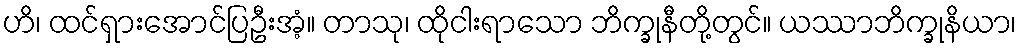
ဟိ၊ ထင်ရှားအောင်ပြဦးအံ့။ တာသု၊ ထိုငါးရာသော ဘိက္ခုနီတို့တွင်။ ယဿာဘိက္ခုနိယာ၊